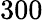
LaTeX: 300